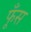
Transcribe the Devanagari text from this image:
फूँस